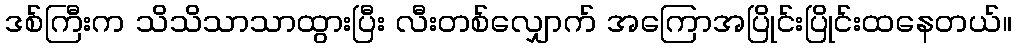
ဒစ်ကြီးက သိသိသာသာထွားပြီး လီးတစ်လျှောက် အကြောအပြိုင်းပြိုင်းထနေတယ်။